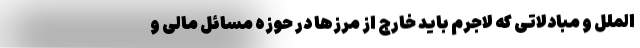
الملل و مبادلاتی که لاجرم باید خارج از مرزها در حوزه مسائل مالی و